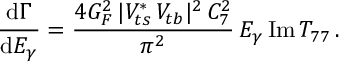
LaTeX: { \frac { \mathrm { d } \Gamma } { \mathrm { d } E _ { \gamma } } } = { \frac { 4 G _ { F } ^ { 2 } \, | V _ { t s } ^ { * } \, V _ { t b } | ^ { 2 } \, C _ { 7 } ^ { 2 } } { \pi ^ { 2 } } } \, E _ { \gamma } \, \mathrm { I m } \, T _ { 7 7 } \, .